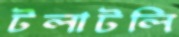
টলাটলি